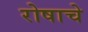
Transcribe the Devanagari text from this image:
रोषाचे